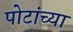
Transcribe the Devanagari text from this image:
पोटांच्या